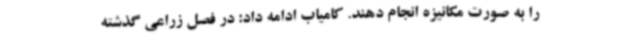
را به صورت مکانیزه انجام دهند. کامیاب ادامه داد: در فصل زراعی گذشته